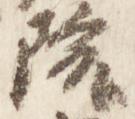
院